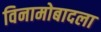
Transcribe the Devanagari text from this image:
विनामोबादला